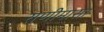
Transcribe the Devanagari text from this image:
राणीमासा